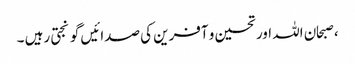
، صبحان اللہ اور تحسین و آفرین کی صدائیں گونجتی رہیں ۔